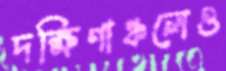
দক্ষিণাঞ্চলেও